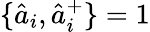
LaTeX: \{ \hat{a}_{i},\hat{a}_{i}^{+}\} =1